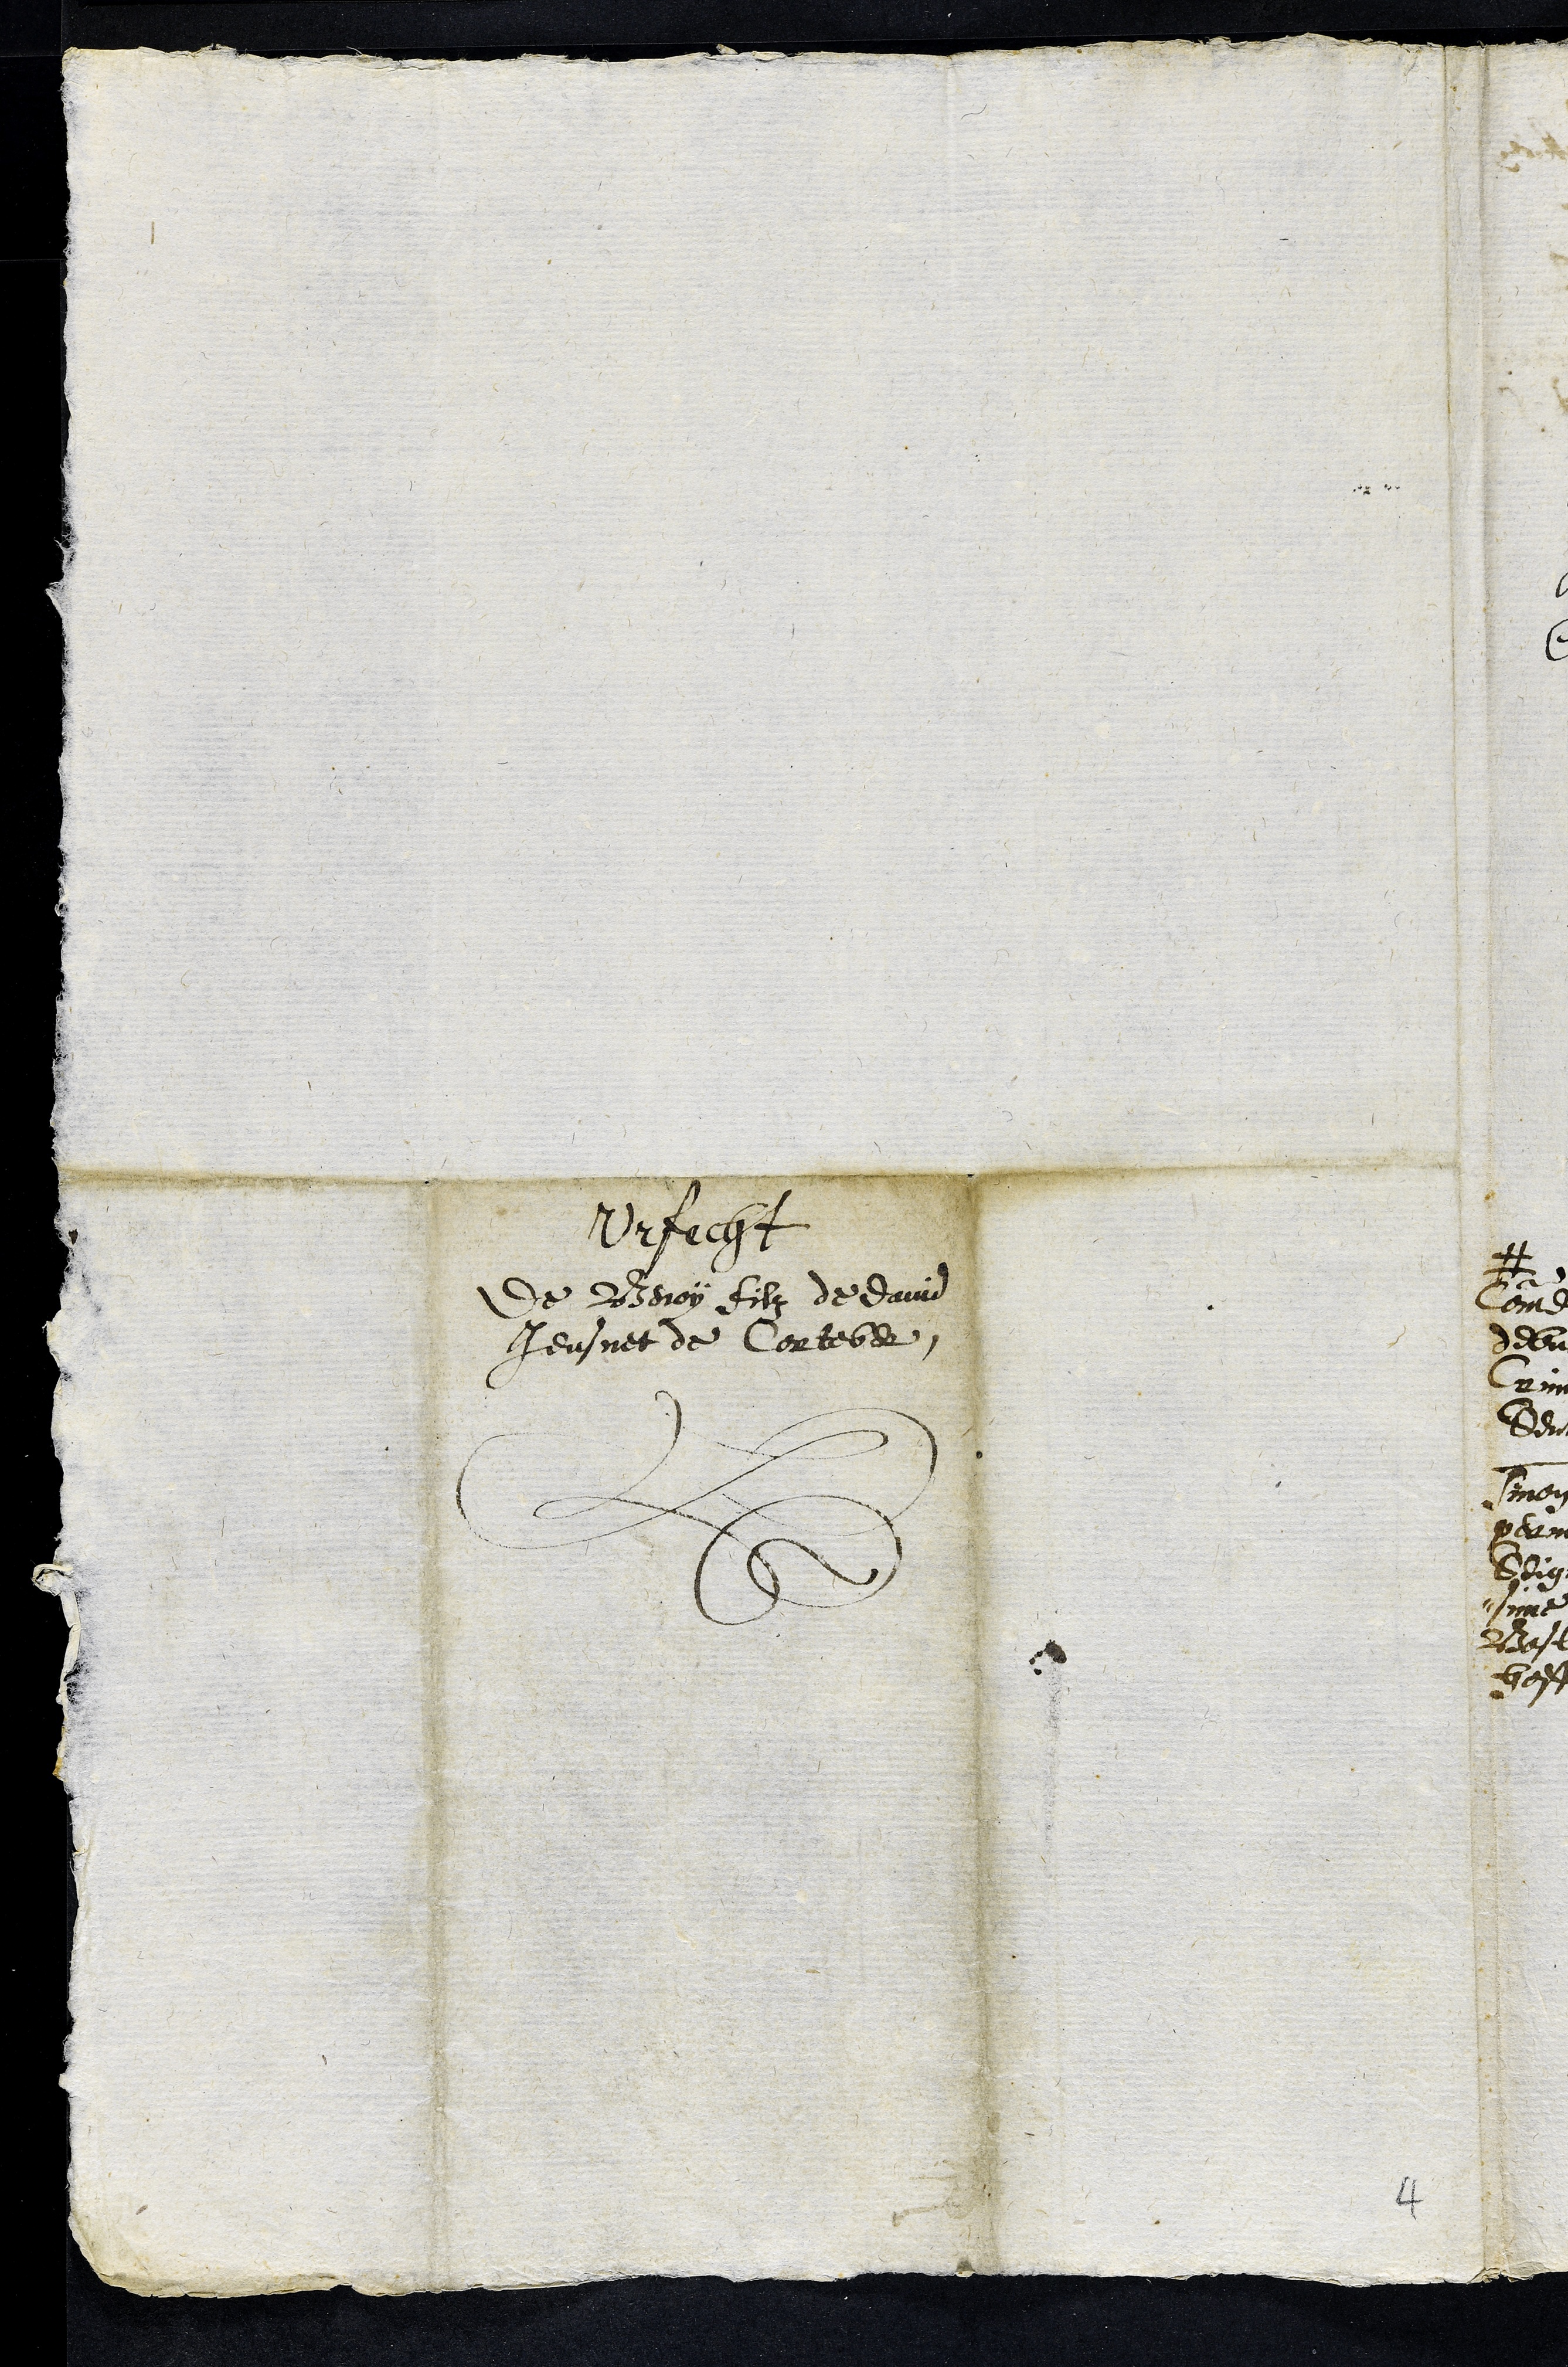
Urfecht
de Benoy filz de David
Jeusnet de Corteber
4